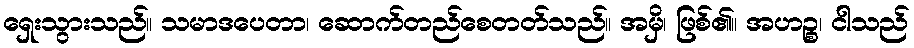
ရှေးသွားသည်။ သမာဒပေတာ၊ ဆောက်တည်စေတတ်သည်။ အမှိ၊ ဖြစ်၏။ အဟဉ္စ၊ ငါသည်